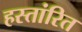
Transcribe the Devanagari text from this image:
हस्तांरित